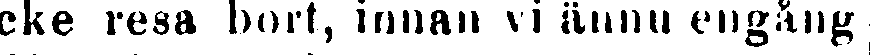
cke resa bort, innan vi ännu engång